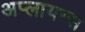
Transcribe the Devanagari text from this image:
अप्लायन्स